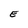
Character: E